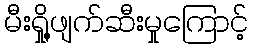
မီးရှို့ဖျက်ဆီးမှုကြောင့်